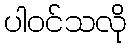
ပါဝင်သလို